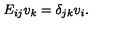
E _ { i j } v _ { k } = \delta _ { j k } v _ { i } .